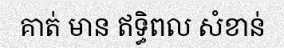
គាត់ មាន ឥទ្ធិពល សំខាន់